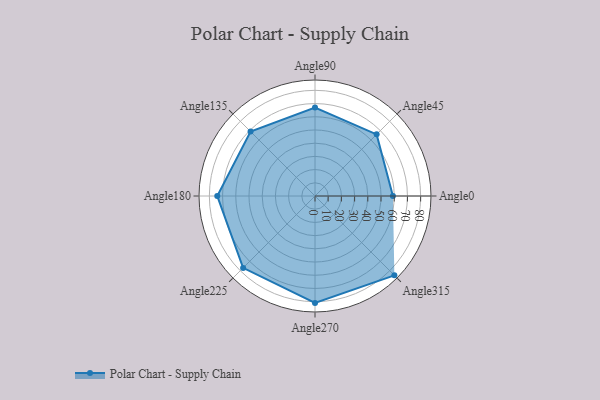
{"axis": {"x": "Angle", "y": "Radius"}, "legend": [""], "data": [{"x": "Angle0", "y": 59.0, "type": ""}, {"x": "Angle45", "y": 66.0, "type": ""}, {"x": "Angle90", "y": 67.0, "type": ""}, {"x": "Angle135", "y": 69.0, "type": ""}, {"x": "Angle180", "y": 74.0, "type": ""}, {"x": "Angle225", "y": 77.0, "type": ""}, {"x": "Angle270", "y": 81.0, "type": ""}, {"x": "Angle315", "y": 85.0, "type": ""}]}